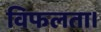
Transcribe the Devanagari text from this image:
विफलता।